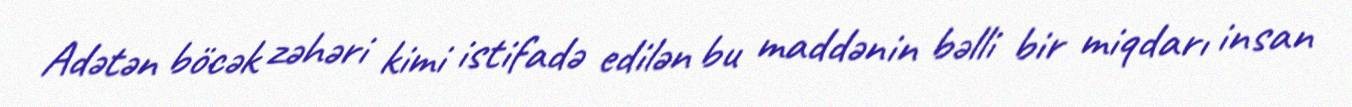
Adətən böcək zəhəri kimi istifadə edilən bu maddənin bəlli bir miqdarı insan